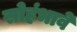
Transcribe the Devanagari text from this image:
सोहंभावे